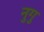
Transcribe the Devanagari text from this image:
नुगु